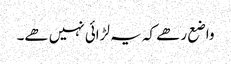
واضع رھے کہ یہ لڑائی نہیں ھے۔